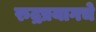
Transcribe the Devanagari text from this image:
रुद्रप्रयागचे